Black-water fever - Number 35
Disease focus: Fever
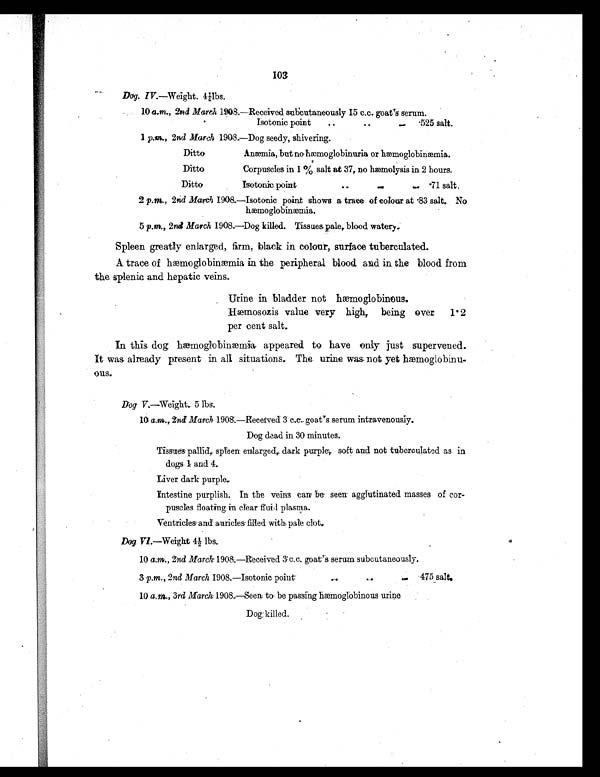
103
Dog. IV.—4¼lbs.
10 a.m., 2nd March 1908.—Received subcutaneously 15 c.c.. goat's serum.
Isotonic point
..
..
.525 salt.
1 p.m., 2nd March 1908.—Dog seedy, shivering.
Ditto
Anæmia, but no hæmoglobinuria or hæmoglobinæmia.
Ditto
Corpuscles in 1 % salt at 37, no hæmolysis in 2 hours.
Ditto
Isotonic point
.. .71 salt.
2 p. m., 2nd March 1908.— Isotonic point shows a trace of colour at .83 salt. No
hæmoglobinæmia.
5 p. m., 2nd March 1908.—Dog killed. Tissues pale, blood watery.
Spleen greatly enlarged, firm, black in colour, surface tuberculated.
A trace of hæmoglobinæmia in the peripheral blood and in the blood from
the splenic and hepatic veins.
Urine in bladder not hæmoglobinous.
H æ m o s o z i s v a l u e v e r y h i g h , b e i n g o v e r 1 . 2
per cent salt.
In this dog hæmoglobiæmia appeared to have only lust supervened.
It was already present in all situations. The, urine was not yet heemogiobinu-
ous.
Dog V.—Weight. 5 lbs.
10 a.m.,. 2nd March 1908.—.Received 3 c.c.. goat's serum intravenously.
Dog dead in 30 minutes.
Tissues pallid,. spleen enlarged, dark purple, soft and not tuberculated as in
dogs. 1 and 4.
Liver dark purple.
Intestine purplish. In the veins can be seen agglutinated masses of cor-
puscles floating in clear fluid plasma.
Ventricles, and auricles filled with pale clot.
Dog VI.—Weight 4½ lbs.
10 a.m., 2nd March 1908.—Received 3 c. c. goat's serum, subcutaneously.
3 p.m., 2nd March 1908.—Isotonic point
.. .. 475 salt.
10 a. m., 3rd March 1908.—Seen to be passing hæmoglobinous urine
Dog; killed.